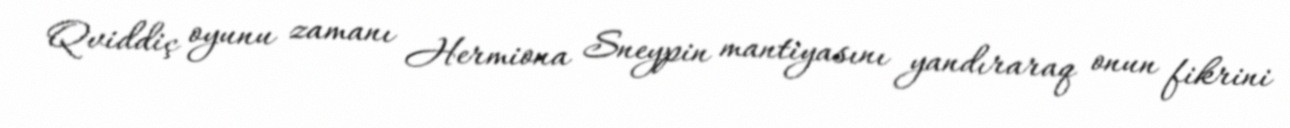
Qviddiç oyunu zamanı Hermiona Sneypin mantiyasını yandıraraq onun fikrini